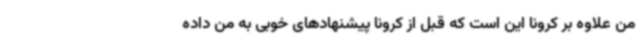
من علاوه بر کرونا این است که قبل از کرونا پیشنهادهای خوبی به من داده